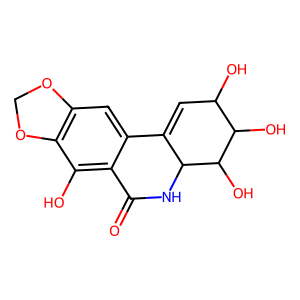
SMILES: O=C1NC2C(=CC(O)C(O)C2O)c2cc3c(c(O)c21)OCO3
Inhibits HIV replication: No